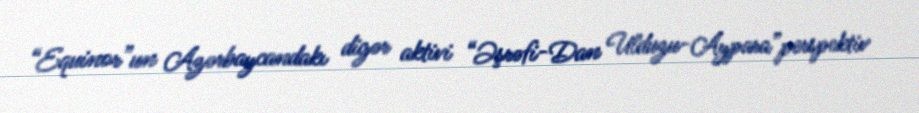
“Equinor”un Azərbaycandakı digər aktivi “Əşrəfi-Dan Ulduzu-Aypara”perspektiv